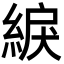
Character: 綟